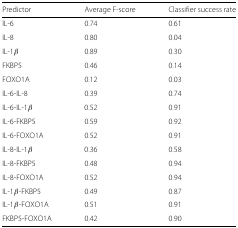
<table><thead><tr><td><b>Predictor</b></td><td><b>Average F-score</b></td><td><b>Classifier success rate</b></td></tr></thead><tbody><tr><td>IL-6</td><td>0.74</td><td>0.61</td></tr><tr><td>IL-8</td><td>0.80</td><td>0.04</td></tr><tr><td>IL-1 <i>β</i></td><td>0.89</td><td>0.30</td></tr><tr><td>FKBP5</td><td>0.46</td><td>0.14</td></tr><tr><td>FOXO1A</td><td>0.12</td><td>0.03</td></tr><tr><td>IL-6-IL-8</td><td>0.39</td><td>0.74</td></tr><tr><td>IL-6-IL-1 <i>β</i></td><td>0.52</td><td>0.91</td></tr><tr><td>IL-6-FKBP5</td><td>0.59</td><td>0.92</td></tr><tr><td>IL-6-FOXO1A</td><td>0.52</td><td>0.91</td></tr><tr><td>IL-8-IL-1 <i>β</i></td><td>0.36</td><td>0.58</td></tr><tr><td>IL-8-FKBP5</td><td>0.48</td><td>0.94</td></tr><tr><td>IL-8-FOXO1A</td><td>0.52</td><td>0.94</td></tr><tr><td>IL-1 <i>β</i>-FKBP5</td><td>0.49</td><td>0.87</td></tr><tr><td>IL-1 <i>β</i>-FOXO1A</td><td>0.51</td><td>0.91</td></tr><tr><td>FKBP5-FOXO1A</td><td>0.42</td><td>0.90</td></tr></tbody></table>